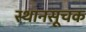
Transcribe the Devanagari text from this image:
स्थानसूचक